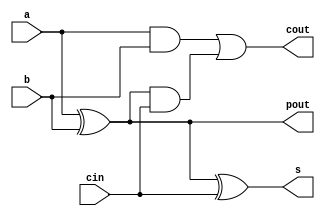
// Garvit Arora - 200372
// Apurb Agarwal - 200179
module full_adder(a,b,cin,s,cout,pout);

input a, b, cin;
output s, cout, pout;
wire t1, t2, t3;

xor(s,a,b,cin);
xor(pout,a,b);
xor(t1,a,b);
and(t2,a,b);
and(t3,t1,cin);
or(cout,t2,t3);

endmodule